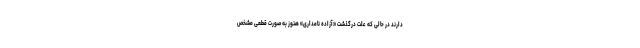
دارند در حالی که علت درگذشت «آزاده نامداری» هنوز به صورت قطعی مشخص